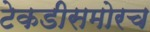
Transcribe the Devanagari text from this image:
टेकडीसमोरच